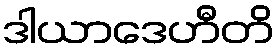
ဒါယာဒေဟီတိ